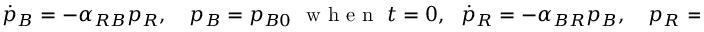
\begin{array} { r } { \dot { p } _ { B } = - \alpha _ { R B } p _ { R } , \ \ \ p _ { B } = p _ { B 0 } \ \mathrm { ~ w ~ h ~ e ~ n ~ } \ t = 0 , \ \ \dot { p } _ { R } = - \alpha _ { B R } p _ { B } , \ \ \ p _ { R } = p _ { R 0 } \ \mathrm { ~ w ~ h ~ e ~ n ~ } \ t = 0 , } \end{array}